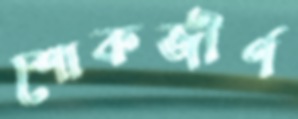
শোকজীর্ণ